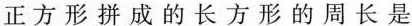
正方形拼成的长方形的周长是